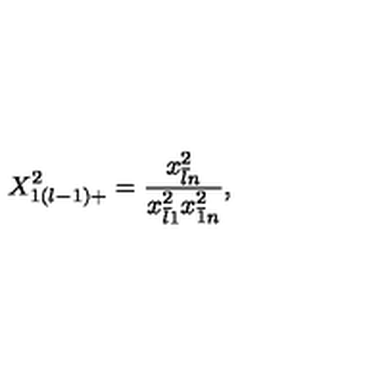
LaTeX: \displaystyle { X _ { 1 ( l - 1 ) + } ^ { 2 } = \frac { x _ { \bar { l } n } ^ { 2 } } { x _ { \bar { l } 1 } ^ { 2 } x _ { \bar { 1 } n } ^ { 2 } } } ,